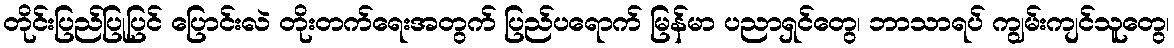
တိုင်းပြည်ပြုပြင် ပြောင်းလဲ တိုးတက်ရေးအတွက် ပြည်ပရောက် မြန်မာ ပညာရှင်တွေ၊ ဘာသာရပ် ကျွမ်းကျင်သူတွေ၊